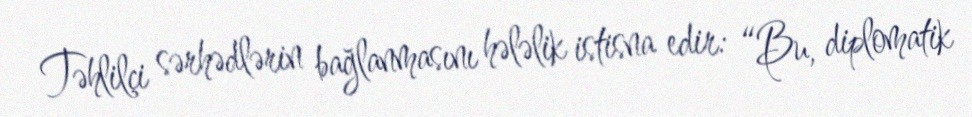
Təhlilçi sərhədlərin bağlanmasını hələlik istisna edir: “Bu, diplomatik